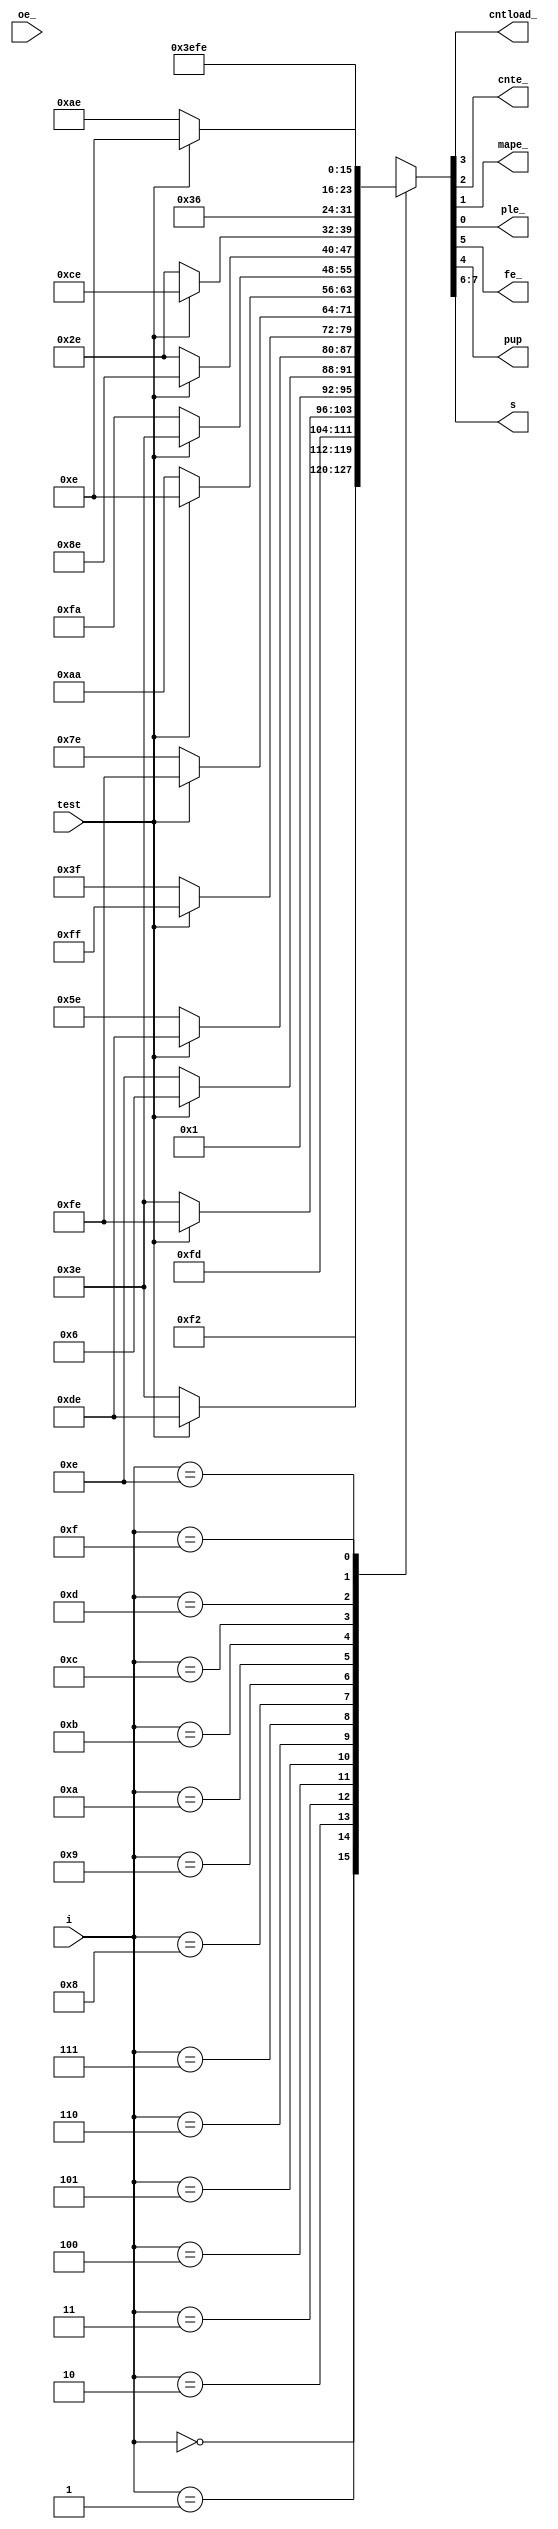
// This code is part of the model collection of AM29xx Bitslice devices
// Copyright (C) 2019  Holger Veit (hveit01@web.de)
//
//    This program is free software; you can redistribute it and/or modify
//    it under the terms of the GNU General Public License as published by
//    the Free Software Foundation; either version 3 of the License, or (at
//    your option) any later version.
//
//    This program is distributed in the hope that it will be useful, but
//    WITHOUT ANY WARRANTY; without even the implied warranty of
//    MERCHANTABILITY or FITNESS FOR A PARTICULAR PURPOSE. See the GNU
//    General Public License for more details.
//
//    You should have received a copy of the GNU General Public License
//    along with this program; if not, see <http://www.gnu.org/licenses/>.
//
//

// am29811 Next Address Control Unit

`timescale 1ns / 100ps

// instructions
`define JZ 		4'b0000
`define CJS		4'b0001
`define JMAP	4'b0010
`define CJP		4'b0011
`define PUSH	4'b0100
`define JSRP	4'b0101
`define CJV		4'b0110
`define JRP		4'b0111
`define RFCT	4'b1000
`define RPCT	4'b1001
`define CRTN	4'b1010
`define CJPP	4'b1011
`define LDCT	4'b1100
`define LOOP	4'b1101
`define CONT	4'b1110
`define JP 		4'b1111

// next address source
`define NAS_PC	2'b00
`define NAS_R	2'b01
`define NAS_F	2'b10
`define NAS_D	2'b11

// file op
`define F_POP	2'b00
`define F_PUSH	2'b01
`define F_HOLD0	2'b10
`define F_HOLD	2'b11

// counter op
`define CT_LL	2'b00
`define CT_LOAD	2'b01
`define CT_DEC	2'b10
`define CT_HOLD	2'b11

module am29811(i, test, oe_, cntload_, cnte_, mape_, ple_, fe_, pup, s);
input [3:0] i;
input test;
input oe_;
output cntload_, cnte_;
output mape_, ple_;
output fe_, pup;
output [1:0] s;

reg [7:0] tmp;

always @(i,test) 
begin
	case (i)
	`JZ:     tmp = 					{`NAS_D,  `F_HOLD,  `CT_LL,   1'b1, 1'b0};
	`CJS:    tmp = (test==1'b0) ?	{`NAS_PC, `F_HOLD,  `CT_HOLD, 1'b1, 1'b0}:
									{`NAS_D,  `F_PUSH,  `CT_HOLD, 1'b1, 1'b0};
	`JMAP:   tmp = 					{`NAS_D,  `F_HOLD,  `CT_HOLD, 1'b0, 1'b1};
	`CJP:    tmp = (test==1'b0) ?	{`NAS_PC, `F_HOLD,  `CT_HOLD, 1'b1, 1'b0}:
									{`NAS_D,  `F_HOLD,  `CT_HOLD, 1'b1, 1'b0};
	`PUSH:   tmp = (test==1'b0) ?	{`NAS_PC, `F_PUSH,  `CT_HOLD, 1'b1, 1'b0}:
									{`NAS_PC, `F_PUSH,  `CT_LOAD, 1'b1, 1'b0};
	`JSRP:   tmp = (test==1'b0) ?	{`NAS_R,  `F_PUSH,  `CT_HOLD, 1'b1, 1'b0}:
									{`NAS_D,  `F_PUSH,  `CT_HOLD, 1'b1, 1'b0};
	`CJV:    tmp = (test==1'b0) ?	{`NAS_PC, `F_HOLD,  `CT_HOLD, 1'b1, 1'b1}:
									{`NAS_D,  `F_HOLD,  `CT_HOLD, 1'b1, 1'b1};
	`JRP:    tmp = (test==1'b0) ?	{`NAS_R,  `F_HOLD,  `CT_HOLD, 1'b1, 1'b0}:
									{`NAS_D,  `F_HOLD,  `CT_HOLD, 1'b1, 1'b0};
	`RFCT:   tmp = (test==1'b0) ?	{`NAS_F,  `F_HOLD0, `CT_DEC,  1'b1, 1'b0}:
									{`NAS_PC, `F_POP,   `CT_HOLD, 1'b1, 1'b0};
	`RPCT:   tmp = (test==1'b0) ?	{`NAS_D,  `F_HOLD,  `CT_DEC,  1'b1, 1'b0}:
									{`NAS_PC, `F_HOLD,  `CT_HOLD, 1'b1, 1'b0};
	`CRTN:   tmp = (test==1'b0) ?	{`NAS_PC, `F_HOLD0, `CT_HOLD, 1'b1, 1'b0}:
									{`NAS_F,  `F_POP,   `CT_HOLD, 1'b1, 1'b0};
	`CJPP:   tmp = (test==1'b0) ?	{`NAS_PC, `F_HOLD0, `CT_HOLD, 1'b1, 1'b0}:
									{`NAS_D,  `F_POP,   `CT_HOLD, 1'b1, 1'b0};
	`LDCT:   tmp = 					{`NAS_PC, `F_HOLD,  `CT_LOAD, 1'b1, 1'b0};
	`LOOP:   tmp = (test==1'b0) ?	{`NAS_F,  `F_HOLD0, `CT_HOLD, 1'b1, 1'b0}:
									{`NAS_PC, `F_POP,   `CT_HOLD, 1'b1, 1'b0};
	`CONT:   tmp = 					{`NAS_PC, `F_HOLD,  `CT_HOLD, 1'b1, 1'b0};
	`JP:     tmp = 					{`NAS_D,  `F_HOLD,  `CT_HOLD, 1'b1, 1'b0};
	default: tmp = 					8'bxxxxxxxx;
	endcase
end

assign s   		= tmp[7:6];
assign fe_ 		= tmp[5];
assign pup		= tmp[4];
assign cntload_	= tmp[3];
assign cnte_	= tmp[2];
assign mape_	= tmp[1];
assign ple_		= tmp[0];

endmodule